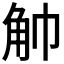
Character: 𧢹